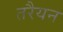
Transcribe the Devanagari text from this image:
तरैयन